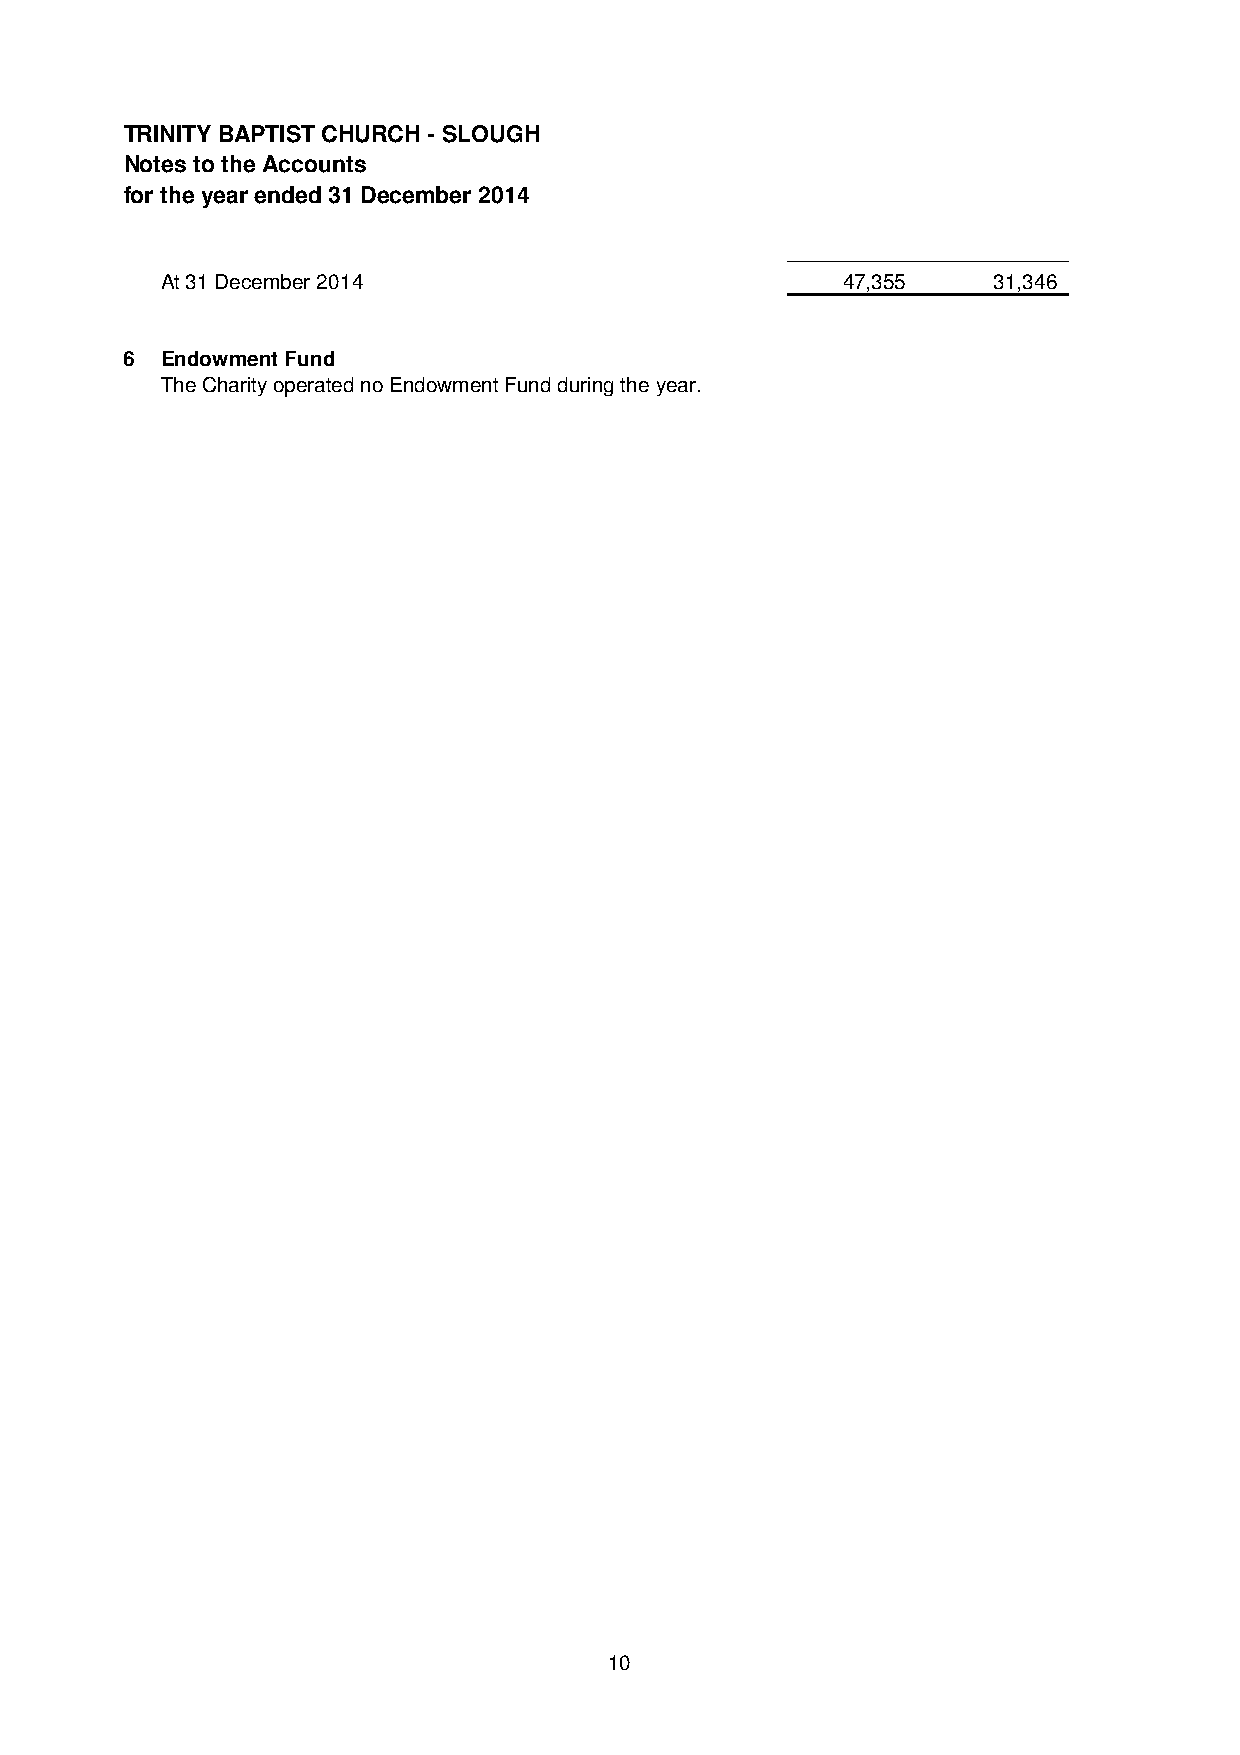
TRINITY BAPTIST CHURCH - SLOUGH
 Notes to the Accounts
 for the year ended 31 December 2014
 At 31 December 2014                          47,355    31,346
 6  Endowment Fund
 The Charity operated no Endowment Fund during the year.
 10